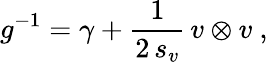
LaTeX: g^{-1}=\gamma+\frac 1{2\, s_{v}}\, v\otimes v\ ,